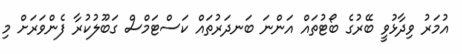
އުމަރު ވިދާޅުވީ ބޭރުގެ ބޯޓުތައް އަންނަ ބަނދަރުތައް ކަސްޓަމްސް ގަބޫލުކުރާ ފެންވަރަށް މި